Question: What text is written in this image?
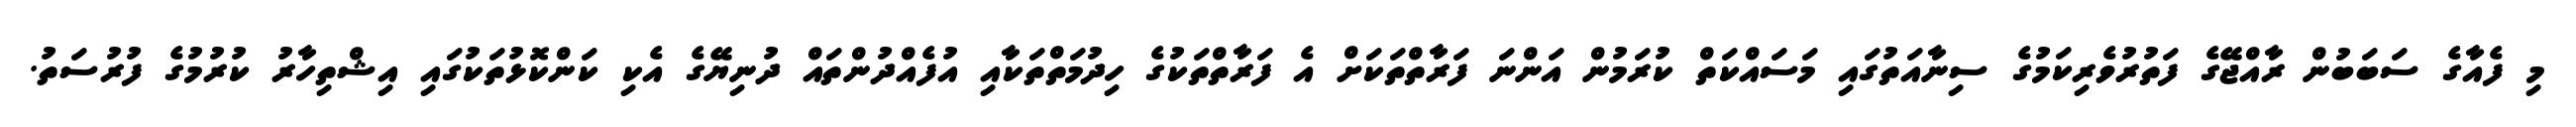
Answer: މި ފެއާގެ ސަބަބުން ރާއްޖޭގެ ފަތުރުވެރިކަމުގެ ސިނާއަތުގައި މަސައްކަތް ކުރަމުން އަންނަ ފަރާތްތަކަށް އެ ފަރާތްތަކުގެ ހިދުމަތްތަކާއި އުފެއްދުންތައް ދުނިޔޭގެ އެކި ކަންކޮޅުތަކުގައި އިޝްތިހާރު ކުރުމުގެ ފުރުސަތު.